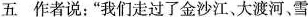
五 作者说：”我们走过了金沙江、大渡河、雪